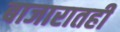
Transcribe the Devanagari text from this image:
बाजारातही